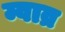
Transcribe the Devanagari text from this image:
म्वाव्र